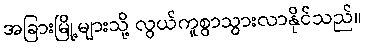
အခြားမြို့များသို့ လွယ်ကူစွာသွားလာနိုင်သည်။